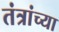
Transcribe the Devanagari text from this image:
तंत्रांच्या